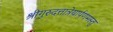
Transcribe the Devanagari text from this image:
श्रीगुरुदत्तात्रेयार्पणमस्तु